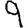
Digit: 9